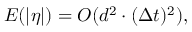
E ( | \boldsymbol { \eta } | ) = O ( d ^ { 2 } \cdot ( \Delta t ) ^ { 2 } ) ,